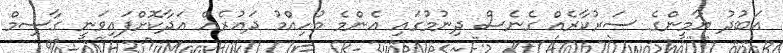
އަބުދު ޔާމީންގެ ސަރުކާރެއް ގެނެސް ދިނުމުގައި އެންމެ މުހިއްމު ދައުރެއް އަދާކޮށްފައިވަނީ ގާސިމް